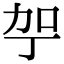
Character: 𪟗